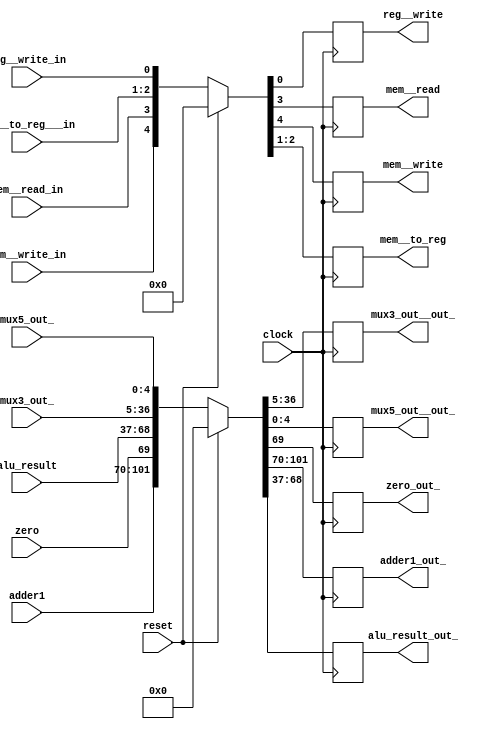
`timescale 1ns/1ns
module EXmem (clock, reset, adder1, zero, alu_result, mux3_out_, mux5_out_, adder1_out_, zero_out_, alu_result_out_, mux3_out__out_, mux5_out__out_,
        mem__write_in, mem__read_in, mem__to_reg___in, reg__write_in, mem__write, mem__read, mem__to_reg, reg__write);
    input clock, reset,zero;
    input [31:0] adder1, alu_result, mux3_out_;
    input [4:0] mux5_out_;
    output reg [31:0] adder1_out_,alu_result_out_, mux3_out__out_;
    output reg [4:0] mux5_out__out_;
    output reg zero_out_;
    input reg__write_in,mem__read_in, mem__write_in;
    input [1:0] mem__to_reg___in;
    output reg reg__write, mem__read, mem__write;
    output reg [1:0] mem__to_reg;
    always @(posedge clock) begin
        if (reset)begin
            {adder1_out_, zero_out_, alu_result_out_, mux3_out__out_, mux5_out__out_} <= {102'd0};
            {mem__write, mem__read, mem__to_reg, reg__write} <= {5'd0};
        end
        else begin
            {adder1_out_, zero_out_, alu_result_out_, mux3_out__out_, mux5_out__out_} <= {adder1, zero, alu_result, mux3_out_, mux5_out_};
            {mem__write, mem__read, mem__to_reg, reg__write} <= {mem__write_in, mem__read_in, mem__to_reg___in, reg__write_in};
        end
    end

    
endmodule